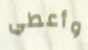
وأعطي